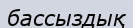
бассыздық